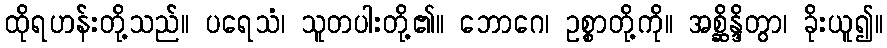
ထိုရဟန်းတို့သည်။ ပရေသံ၊ သူတပါးတို့၏။ ဘောဂေ၊ ဥစ္စာတို့ကို။ အစ္ဆိန္ဒိတွာ၊ ခိုးယူ၍။